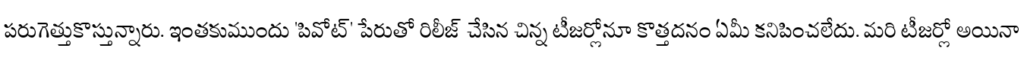
పరుగెత్తుకొస్తున్నారు. ఇంతకుముందు 'పివోట్' పేరుతో రిలీజ్ చేసిన చిన్న టీజర్లోనూ కొత్తదనం ఏమీ కనిపించలేదు. మరి టీజర్లో అయినా